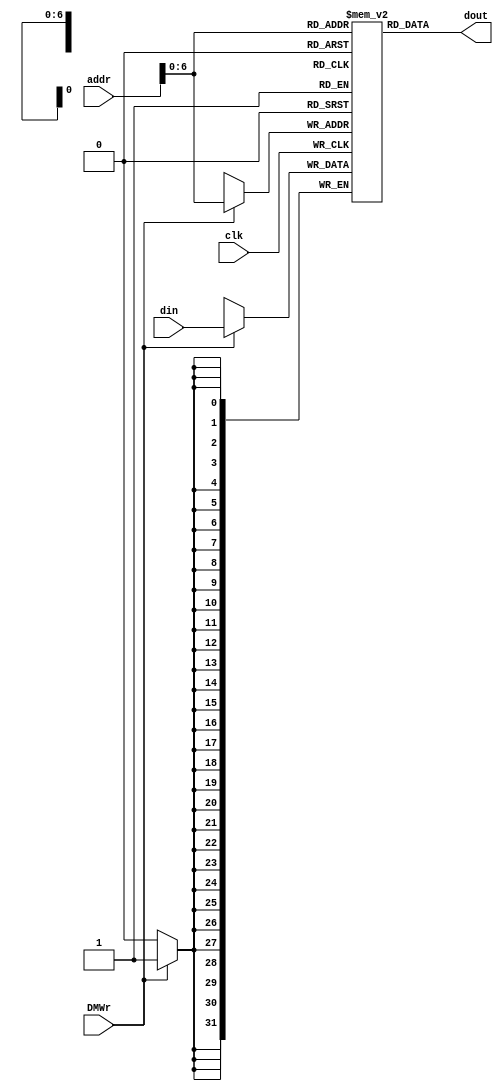
module dm_4k( addr, din, DMWr, clk, dout);
   
   input  [31:0] addr;
   input  [31:0] din;
   input         DMWr;
   input         clk;
   output [31:0] dout;
     
   reg [31:0] dmem[127:0];
   initial
   begin
    dmem[0]=32'h00000002;
    dmem[1]=32'h00000004;
    dmem[2]=32'h00000008;
    dmem[3]=32'h00000003;
   end
   
   always @(posedge clk)
    begin
      if (DMWr)
         dmem[addr] <= din;
   end // end always
   
   assign dout = dmem[addr];
    
endmodule